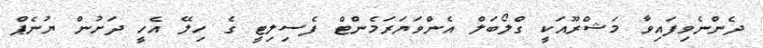
ދެންނެވިފައިވާ މަޝްރޫއަކީ ގްލޯބަލް އެންވަޔަރަމެންޓް ފެސިލިޓީ ގެ ހިލޭ އެހީ ދަށުން ޔުނެޕް